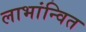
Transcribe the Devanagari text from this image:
लाभांन्वित